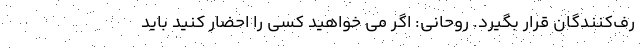
رف‌کنندگان قرار بگیرد. روحانی: اگر می خواهید کسی را احضار کنید باید